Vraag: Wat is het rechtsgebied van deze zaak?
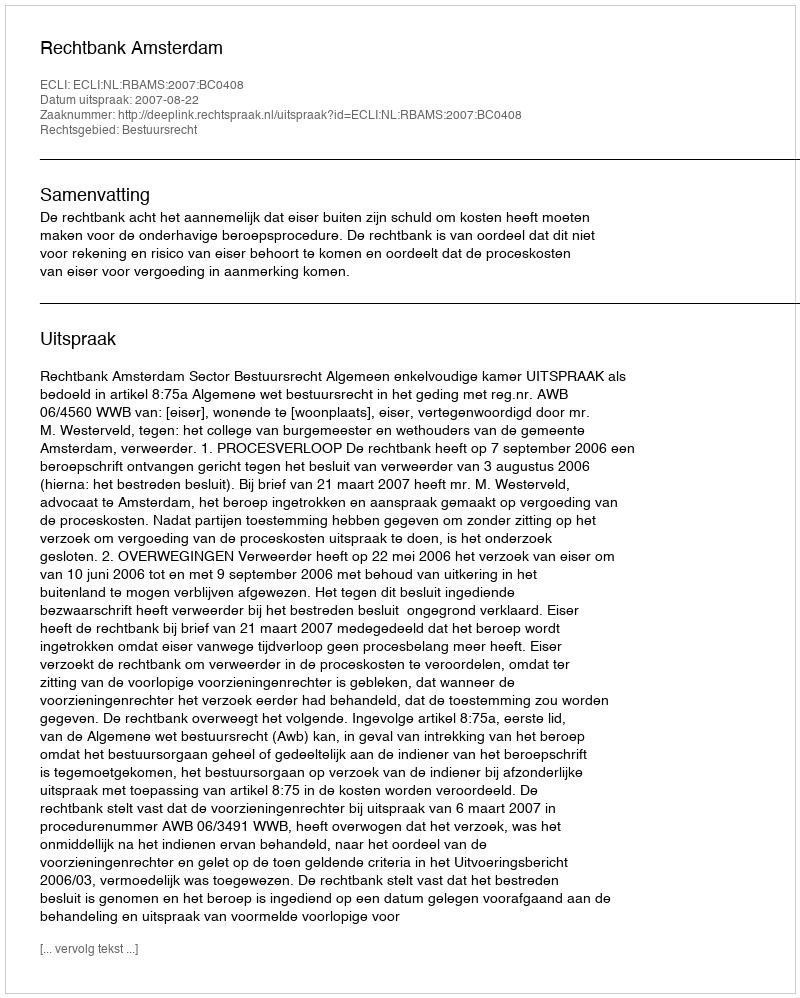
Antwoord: Bestuursrecht